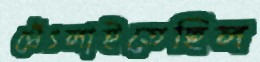
থেঁৎলাইতেছিল